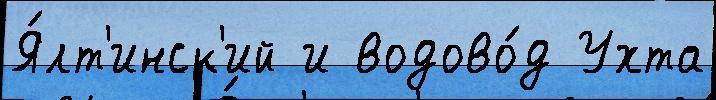
Я́лт'инск'ий и водово́д Ухта